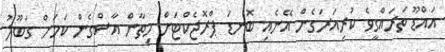
އައްޑޫ ތަރައްގީވެ ކުރިއަރަގެން އޭނެއި ބޮނޑަ ޕްރޮޖެކްޓަށް މިތާން އާސްގެން ކަމަށް ގަބޫލު